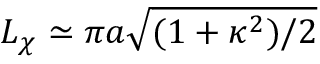
L _ { \chi } \simeq \pi a \sqrt { ( 1 + \kappa ^ { 2 } ) / 2 }